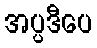
အပ္ပဒီပေ